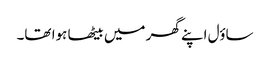
ساؤل اپنے گھر میں بیٹھا ہوا تھا۔